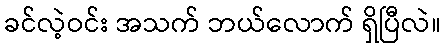
ခင်လဲ့ဝင်း အသက် ဘယ်လောက် ရှိပြီလဲ။